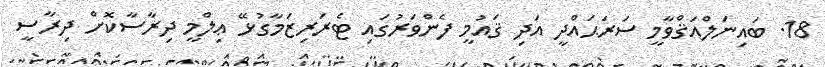
18. ބައިނަލްއަޤްވާމީ ސަރަޙައްދީ އަދި ޤައުމީ ފެންވަރުގައި ޓެރަރިޒަމާގުޅޭ ޢިލްމީ ދިރާސާކޮށް ދިރާސީ